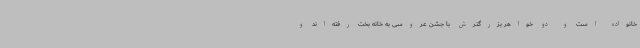
خانواده است و دو خواهر بزرگترش با جشن عروسی به خانه بخت رفته‌اند و